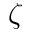
\zeta